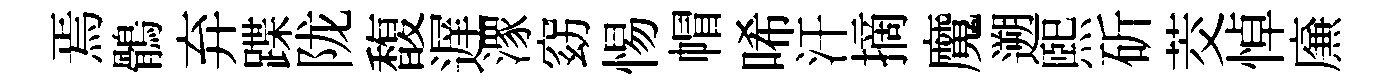
焉鶻弃蹀陇馥遅潈窈惕帽唏汗摘魔遡煕斫茭悼㢘